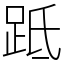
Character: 䟡